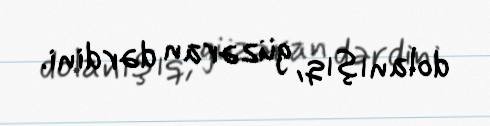
dolanışıq, güzəran dərdini.